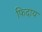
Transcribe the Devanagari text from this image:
फिदाय